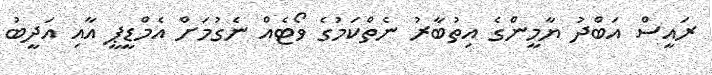
ރައީސް އަބްދު ޔާމީންގެ އިތުބާރު ނެތްކަމުގެ ވޯޓެއް ނެގުމަށް އެމްޑީޕީ އާއި އަދީބު